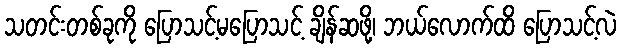
သတင်းတစ်ခုကို ပြောသင့်မပြောသင့် ချိန်ဆဖို့၊ ဘယ်လောက်ထိ ပြောသင့်လဲ